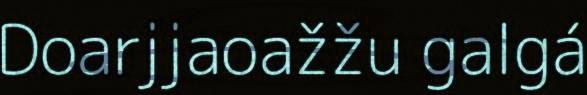
Doarjjaoažžu galgá